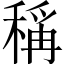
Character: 稱